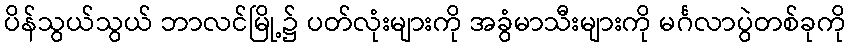
ပိန်သွယ်သွယ် ဘာလင်မြို့၌ ပတ်လုံးများကို အခွံမာသီးများကို မင်္ဂလာပွဲတစ်ခုကို